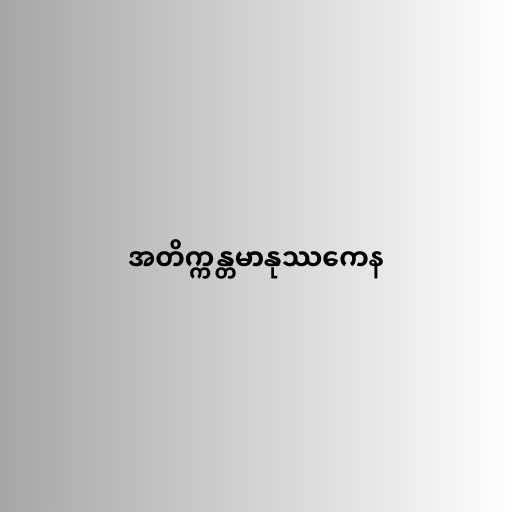
အတိက္ကန္တမာနုဿကေန